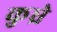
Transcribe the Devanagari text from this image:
कुध्रे